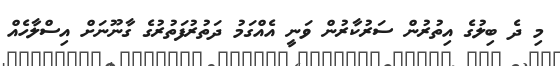
މި ދެ ބިލުގެ އިތުރުން ސަރުކާރުން ވަނީ އެއްގަމު ދަތުރުފަތުރުގެ ގާނޫނަށް އިސްލާހެއް